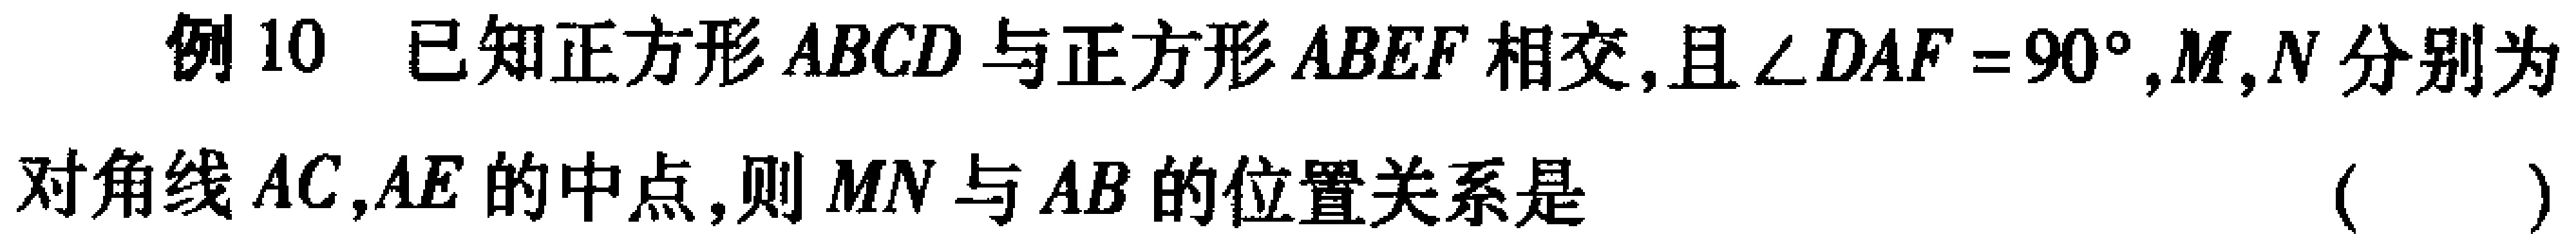
例10 已知正方形 \(ABCD\) 与正方形 \(ABEF\) 相交,且 \(\angle DAF = 90^{\circ},M,N\) 分别为对角线 \(AC,AE\) 的中点,则 \(MN\) 与 \(AB\) 的位置关系是 （  ）